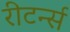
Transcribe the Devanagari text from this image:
रीटर्न्स